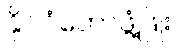
နိုင်ငံတော်ဖွံ့ဖြိုး